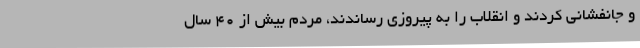
و جانفشانی کردند و انقلاب را به پیروزی رساندند، مردم بیش از 40 سال